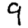
Digit: 9